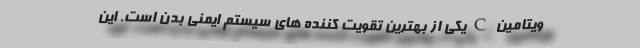
ویتامین C یکی از بهترین تقویت کننده های سیستم ایمنی بدن است. این